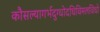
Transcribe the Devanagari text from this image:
कौसल्यागर्भदुग्धोदधिविमलविधो